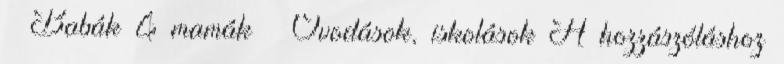
» Babák & mamák » Óvodások, iskolások A hozzászóláshoz